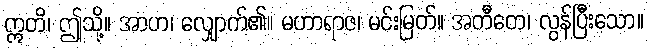
ဣတိ၊ ဤသို့။ အာဟ၊ လျှောက်၏။ မဟာရာဇ၊ မင်းမြတ်။ အတီတေ၊ လွန်ပြီးသော။